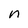
Character: n